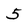
Character: 5